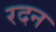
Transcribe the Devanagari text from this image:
रदन